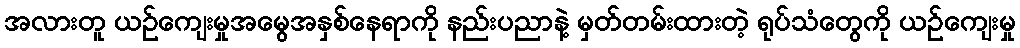
အလားတူ ယဉ်ကျေးမှုအမွေအနှစ်နေရာကို နည်းပညာနဲ့ မှတ်တမ်းထားတဲ့ ရုပ်သံတွေကို ယဉ်ကျေးမှု